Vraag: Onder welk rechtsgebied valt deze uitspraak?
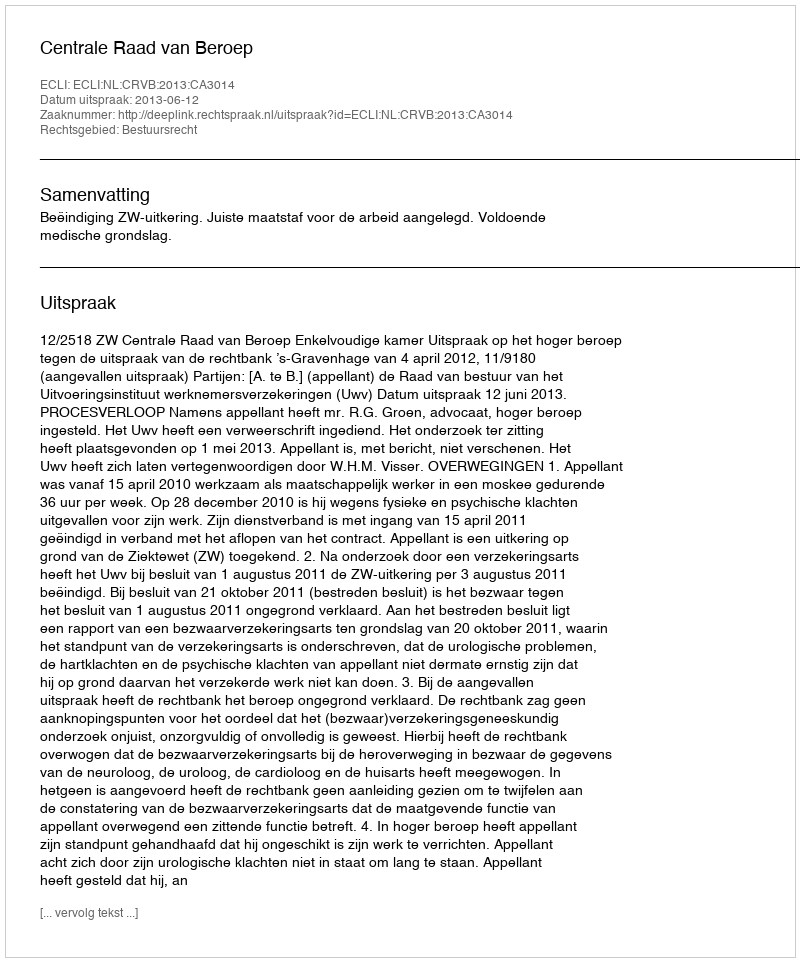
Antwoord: Bestuursrecht